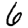
Digit: 6